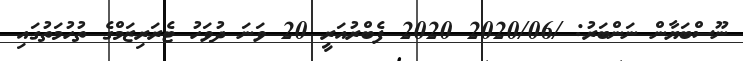
ނޫސްބަޔާން ނަންބަރު: /2020/06 2020 ފެބްރުއަރީ 20 ވަނަ ދުވަހު ޓެރަރިޒަމްގެ ތުހުމަތުގައި